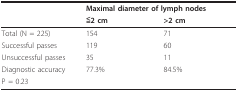
<table><thead><tr><td></td><td colspan="2"><b>Maximal diameter of lymph nodes</b></td></tr><tr><td></td><td><b>≦2 cm</b></td><td><b>&gt;2 cm</b></td></tr></thead><tbody><tr><td>Total (N = 225)</td><td>154</td><td>71</td></tr><tr><td>Successful passes</td><td>119</td><td>60</td></tr><tr><td>Unsuccessful passes</td><td>35</td><td>11</td></tr><tr><td>Diagnostic accuracy</td><td>77.3%</td><td>84.5%</td></tr><tr><td colspan="3">P = 0.23</td></tr></tbody></table>